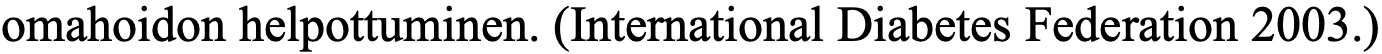
omahoidon helpottuminen. (International Diabetes Federation 2003.)